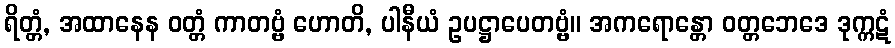
ရိတ္တံ, အထာနေန ဝတ္တံ ကာတဗ္ဗံ ဟောတိ, ပါနီယံ ဥပဋ္ဌာပေတဗ္ဗံ။ အကရောန္တော ဝတ္တဘေဒေ ဒုက္ကဋံ